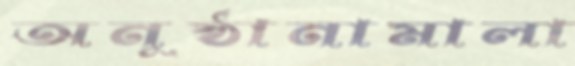
অনুষ্ঠানামালা